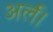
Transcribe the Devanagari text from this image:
अर्ल।